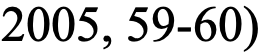
2005, 59-60)